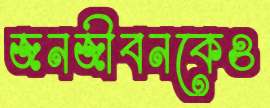
জনজীবনকেও